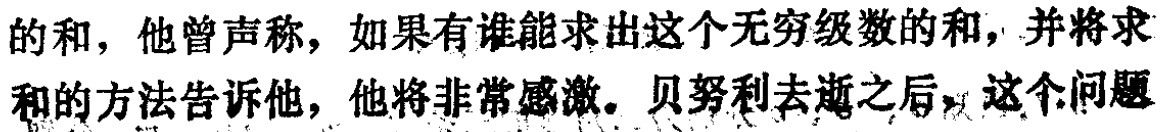
的和，他曾声称，如果有谁能求出这个无穷级数的和，并将求和的方法告诉他，他将非常感激。贝努利去逝之后，这个问题